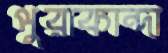
পুরাকান্দা